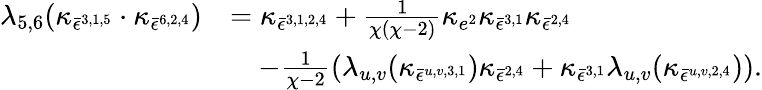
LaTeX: \begin{array}{rl}{\lambda_{5,6}(\kappa_{\bar{\epsilon}^{3,1,5}}\cdot\kappa_{\bar{\epsilon}^{6,2,4}})}&{=\kappa_{\bar{\epsilon}^{3,1,2,4}}+\frac{1}{\chi(\chi-2)}\kappa_{e^{2}}\kappa_{\bar{\epsilon}^{3,1}}\kappa_{\bar{\epsilon}^{2,4}}}\\ &{\quad-\frac{1}{\chi-2}(\lambda_{u,v}(\kappa_{\bar{\epsilon}^{u,v,3,1}})\kappa_{\bar{\epsilon}^{2,4}}+\kappa_{\bar{\epsilon}^{3,1}}\lambda_{u,v}(\kappa_{\bar{\epsilon}^{u,v,2,4}})).}\end{array}